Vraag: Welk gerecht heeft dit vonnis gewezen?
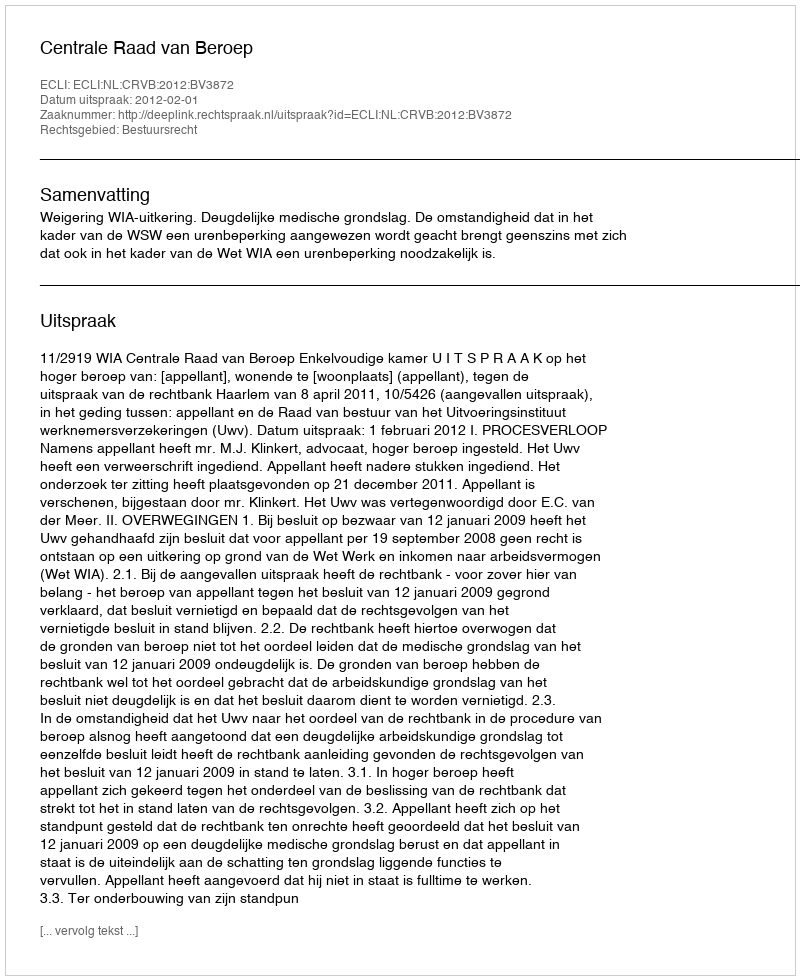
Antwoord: Centrale Raad van Beroep